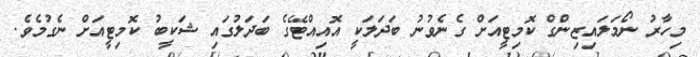
މިހާރު ނޯމަލައިޒިންގް ކޮމިޓީއަށް ގެނެވުނު ބަދަލަކީ އޮއިއްޓޭގެ ބަދަލުގައި ޝަކީބު ކޮމިޓީއަށް ނެގުމެވެ.